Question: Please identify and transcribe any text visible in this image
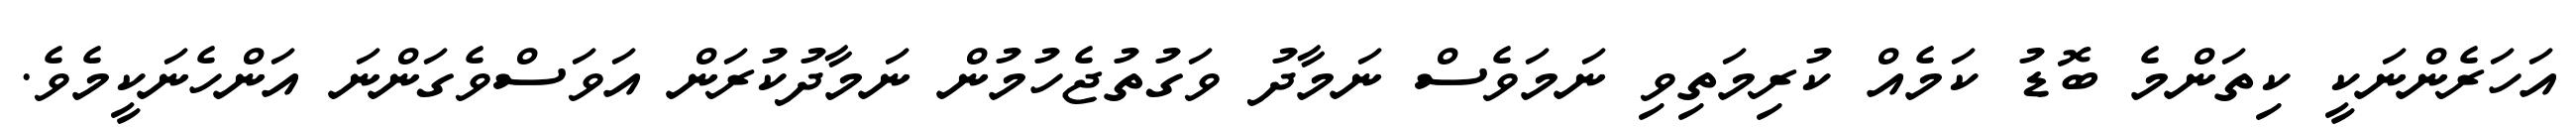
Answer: އަހަރެންނަކީ ކިތަންމެ ބޮޑު ކަމެއް ކުރިމަތިވި ނަމަވެސް ނަމާދު ވަގުތުޖެހުމުން ނަމާދުކުރަން އަވަސްވެގަންނަ އަންހެނަކީމެވެ.